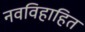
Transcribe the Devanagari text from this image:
नवविहाहित